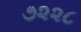
૭૨૨૮